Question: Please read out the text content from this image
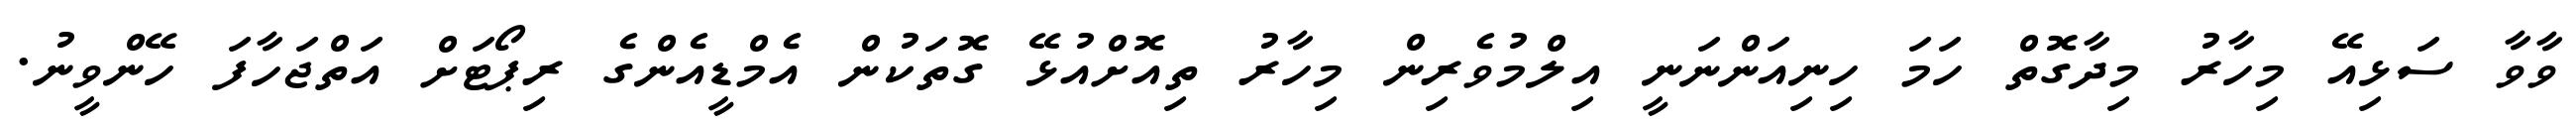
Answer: ވާވާ ސަޅިއޭ މިހާރު މިދާގޮތް ހަމަ ހިނިއަންނަނީ އިލްމުވެރިން މިހާރު ތިއޮށްއުޅޭ ގޮތަކުން އެމްޑީއެންގެ ރިޕޯޓަށް އަތްޖަހާފަ ހޭންވީނު.